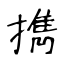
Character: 擕